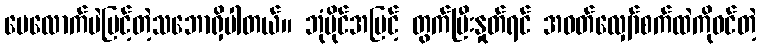
ပေလောက်ပဲမြင့်တဲ့သဘောရှိပါတယ်။ ဘုံပိုင်အမြင့် တွက်ပြီးနှုတ်ရင် အဝတ်လျှော်စက်ထဲကိုဝင်တဲ့